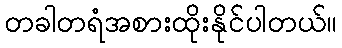
တခါတရံအစားထိုးနိုင်ပါတယ်။